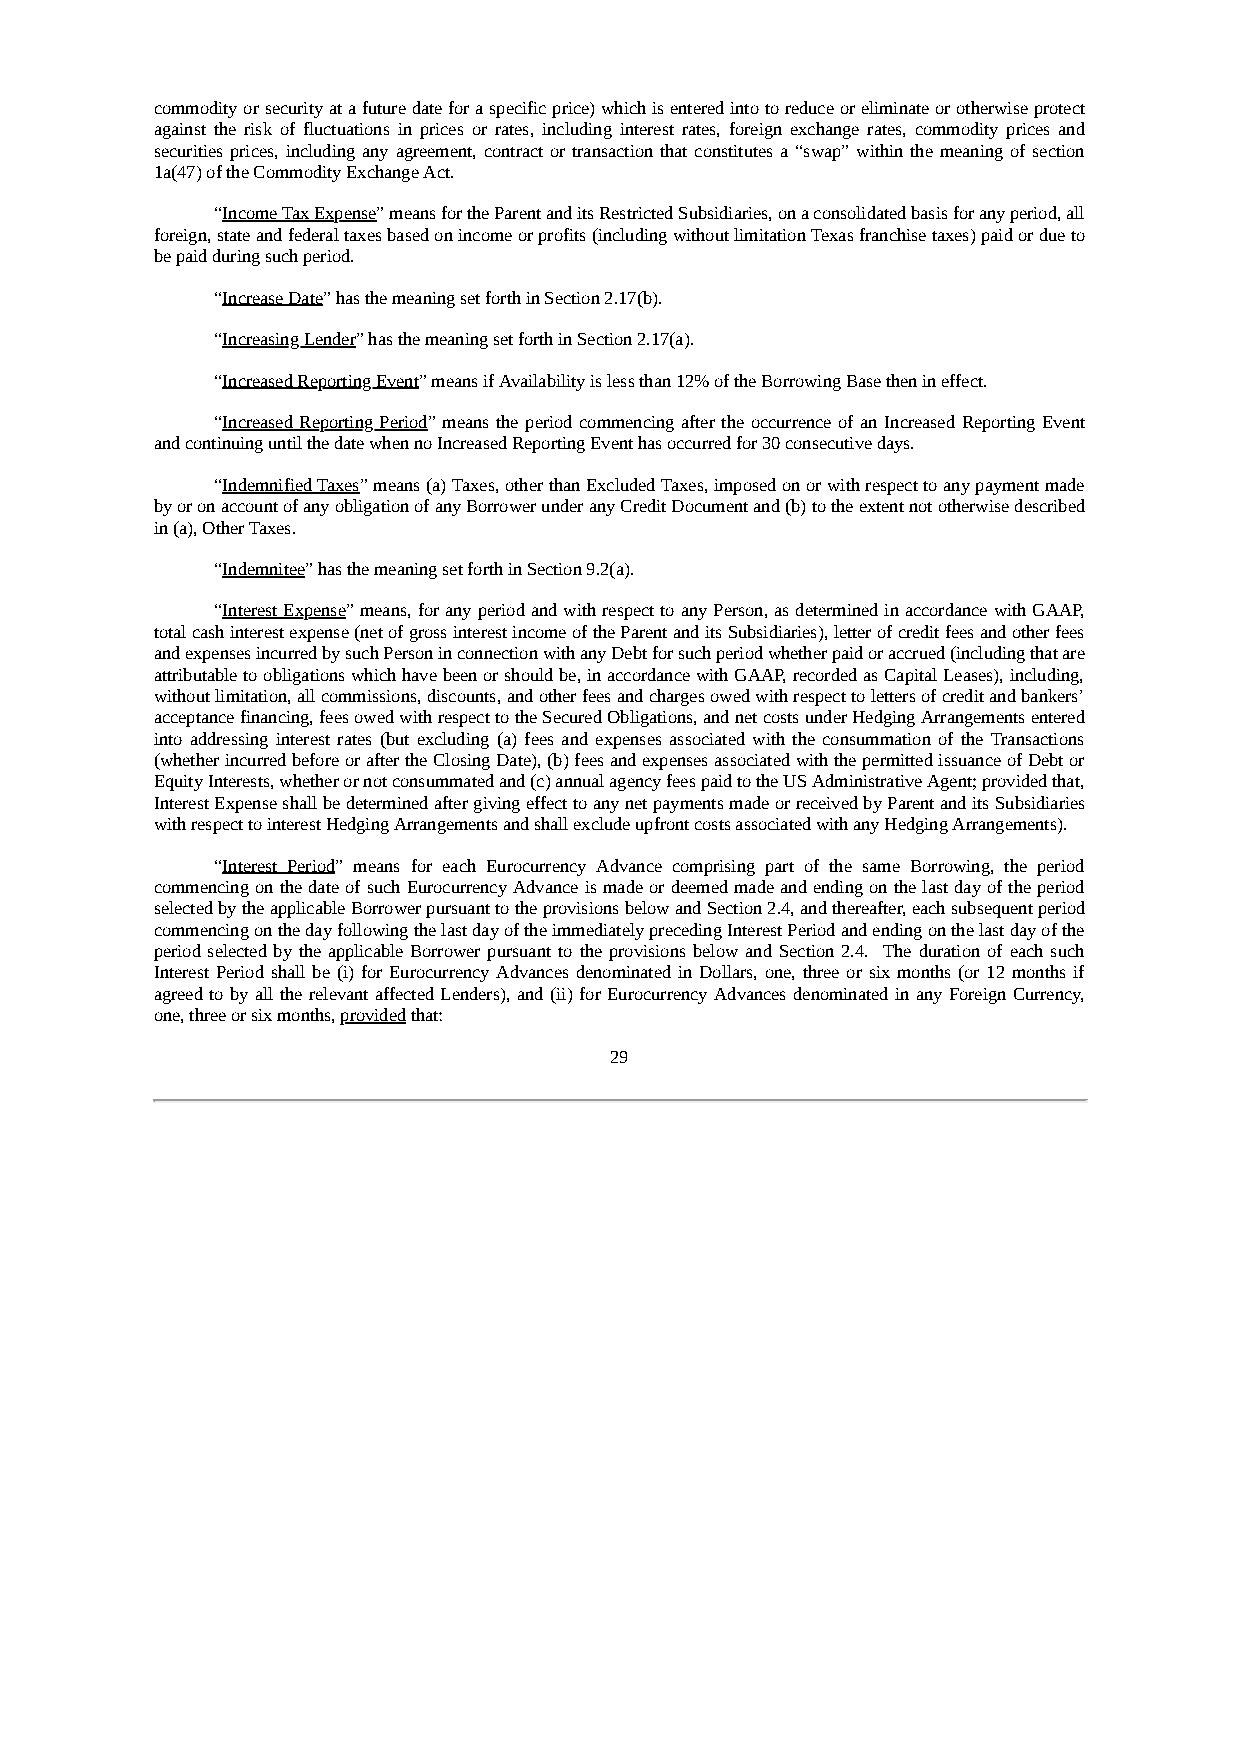
commodity or security at a future date for a specific price) which is entered into to reduce or eliminate or otherwise protect
 against the risk of fluctuations in prices or rates, including interest rates, foreign exchange rates, commodity prices and
 securities prices, including any agreement, contract or transaction that constitutes a “swap” within the meaning of section
 1a(47) of the Commodity Exchange Act.
 “Income Tax Expense” means for the Parent and its Restricted Subsidiaries, on a consolidated basis for any period, all
 foreign, state and federal taxes based on income or profits (including without limitation Texas franchise taxes) paid or due to
 be paid during such period.
 “Increase Date” has the meaning set forth in Section 2.17(b).
 “Increasing Lender” has the meaning set forth in Section 2.17(a).
 “Increased Reporting Event” means if Availability is less than 12% of the Borrowing Base then in effect.
 “Increased Reporting Period” means the period commencing after the occurrence of an Increased Reporting Event
 and continuing until the date when no Increased Reporting Event has occurred for 30 consecutive days.
 “Indemnified Taxes” means (a) Taxes, other than Excluded Taxes, imposed on or with respect to any payment made
 by or on account of any obligation of any Borrower under any Credit Document and (b) to the extent not otherwise described
 in (a), Other Taxes.
 “Indemnitee” has the meaning set forth in Section 9.2(a).
 “Interest Expense” means, for any period and with respect to any Person, as determined in accordance with GAAP,
 total cash interest expense (net of gross interest income of the Parent and its Subsidiaries), letter of credit fees and other fees
 and expenses incurred by such Person in connection with any Debt for such period whether paid or accrued (including that are
 attributable to obligations which have been or should be, in accordance with GAAP, recorded as Capital Leases), including,
 without limitation, all commissions, discounts, and other fees and charges owed with respect to letters of credit and bankers’
 acceptance financing, fees owed with respect to the Secured Obligations, and net costs under Hedging Arrangements entered
 into addressing interest rates (but excluding (a) fees and expenses associated with the consummation of the Transactions
 (whether incurred before or after the Closing Date), (b) fees and expenses associated with the permitted issuance of Debt or
 Equity Interests, whether or not consummated and (c) annual agency fees paid to the US Administrative Agent; provided that,
 Interest Expense shall be determined after giving effect to any net payments made or received by Parent and its Subsidiaries
 with respect to interest Hedging Arrangements and shall exclude upfront costs associated with any Hedging Arrangements).
 “Interest Period” means for each Eurocurrency Advance comprising part of the same Borrowing, the period
 commencing on the date of such Eurocurrency Advance is made or deemed made and ending on the last day of the period
 selected by the applicable Borrower pursuant to the provisions below and Section 2.4, and thereafter, each subsequent period
 commencing on the day following the last day of the immediately preceding Interest Period and ending on the last day of the
 period selected by the applicable Borrower pursuant to the provisions below and Section 2.4. The duration of each such
 Interest Period shall be (i) for Eurocurrency Advances denominated in Dollars, one, three or six months (or 12 months if
 agreed to by all the relevant affected Lenders), and (ii) for Eurocurrency Advances denominated in any Foreign Currency,
 one, three or six months, provided that:
 29